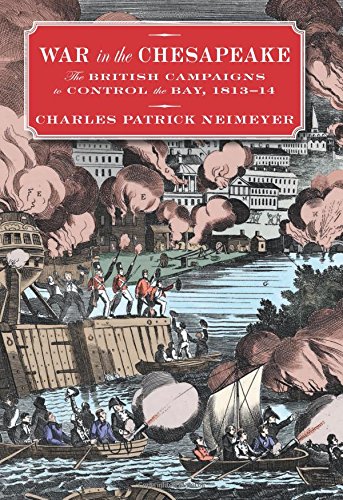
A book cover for War in the Chesapeake: The British Campaigns to Control the Bay, 1813-1814; Charles Neimeyer; History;